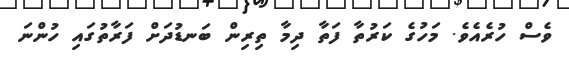
ވެސް ހުރެއެވެ. މަހުގެ ކަރުތާ ފަތާ ދިމާ ތިރިން ބަނޑުދަށް ފަރާތުގައި ހުންނަ